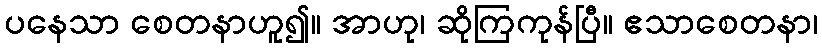
ပနေသာ စေတနာဟူ၍။ အာဟု၊ ဆိုကြကုန်ပြီ။ ဧသာစေတနာ၊